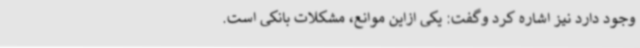
وجود دارد نیز اشاره کرد وگفت: یکی ازاین موانع، مشکلات بانکی است.